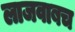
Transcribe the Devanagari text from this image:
लाजवाबच